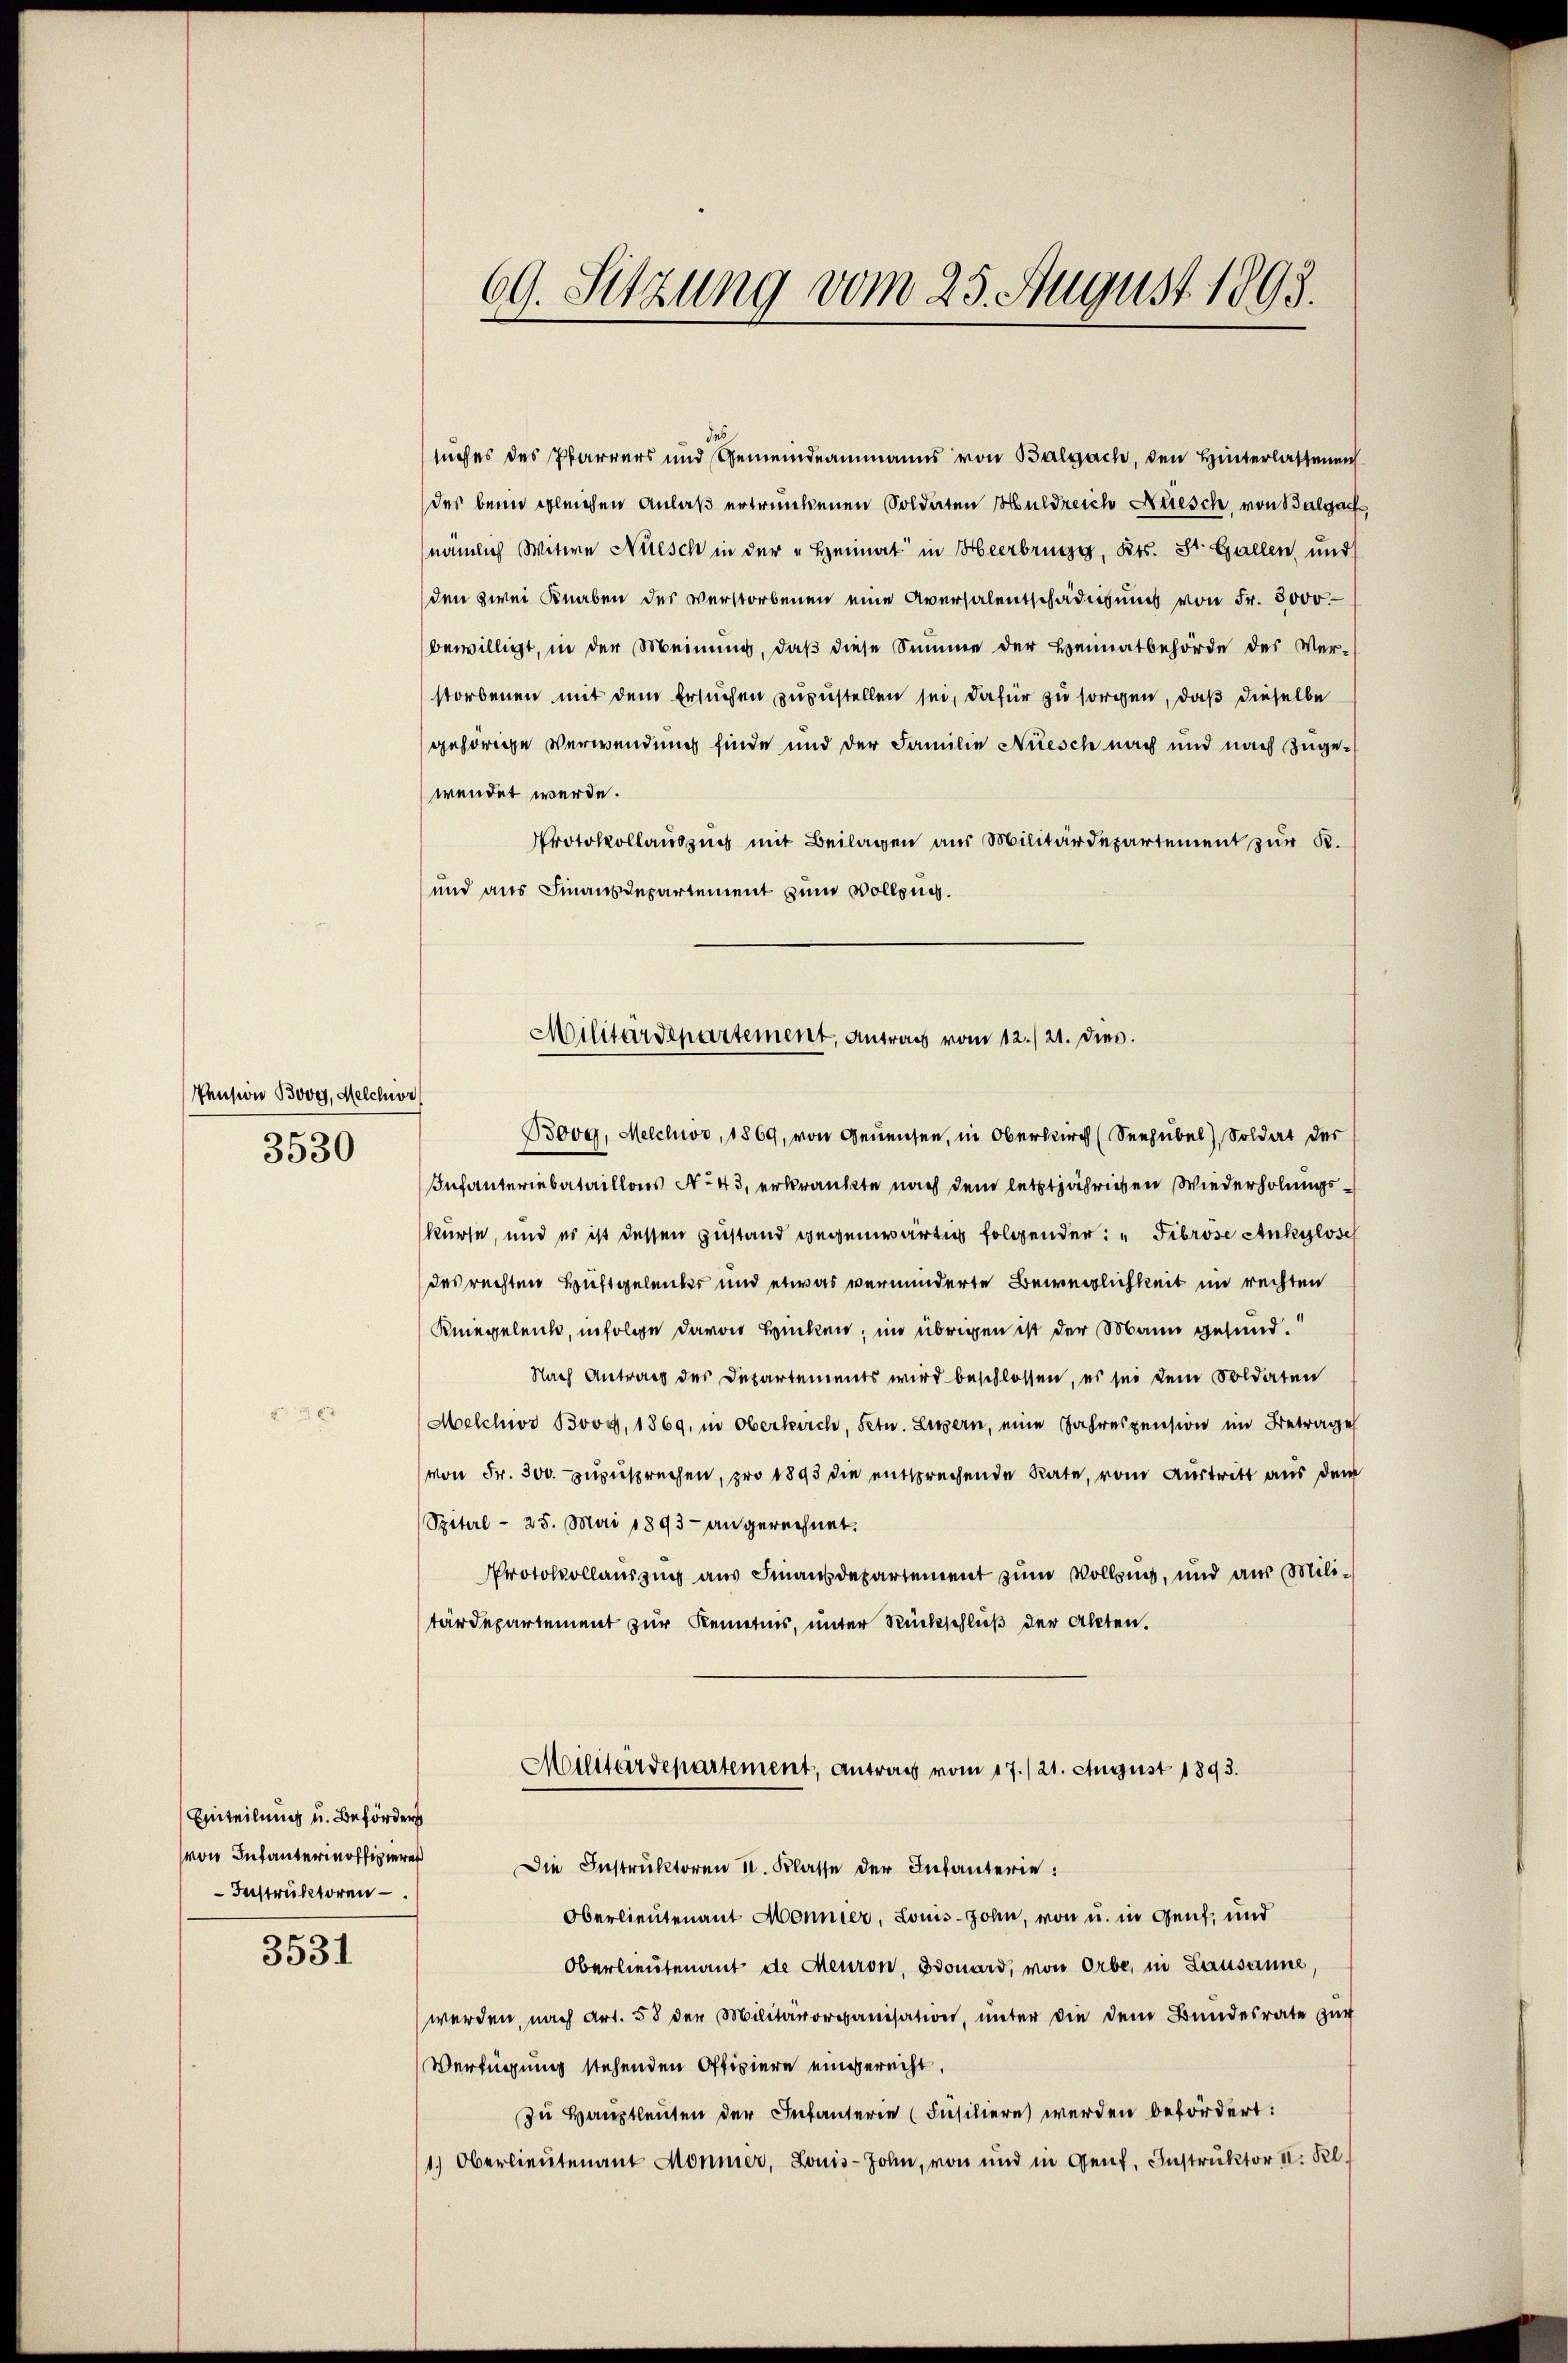
Pension Bove, Melchior
3530

Einteilung u. Beförders
von Infanterinoffiziere
-Instruktoren

3531

des
suches des Pfarrers und Gemeindeammanns von Balgach, den Hinterlassenen
der beim gleichen Anlaß ertrunkenen Soldaten Huldreich Nüesch, von Balgach
(nämlich Witwe Nüsch in der „Heimat in Heerbring, Kts. St. Gallen, und
den zwei Knaben der verstorbenen eine Aversalentschädigung von Fr. 5000.
bewilligt, in der Meinung, daß diese Summe der Heimatbehörde des Ver-
storbenen mit dem Ersuchen zuzustellen sei, dafür zu sorgen, daß dieselbe
gehörige Verwendung finde und der Familie Niesch nach und nach zugewendet werde.
Protokollauszug mit Beilagen aus Militärdepartement zur R.
und aus Finanzdepartement zum Vollzug.

69. Sitzung vom 25. August 1893.

Infanteriebataillons No 43, erkränkte nach dem letztjährigen Wiederholungskurse, und es ist dessen Zustand gegenwärtig folgender: "Fibröse Ankylose
des rechten Huftgeleiker und etwas verminderte Beweglichkeit im rechten
Kniegeleich, infolge davon Hinken; im übrigen ist der Mann gesund¬
Nach Antrag des Departements wird beschlossen, es sei dem Soldaten
Melchivs Bvoy, 1869, in Oberkirch, Setw. Luzern, eine Jahrespension im Betrage
von Fr. 300. zuzusprechen, pro 1893 die entsprechende Rate, vom Austritt aus dem
Spiterl- 25. Mai 1893 - angerechnet.
Protokollauszug aus Finanzdepartement zum Vollzug, und aus Militärdepartement zur Kenntnis, unter Rückschluß der Akten.

Militärdepartement, Antrags vom 12./21. dies
Boog, Melchio, 1869, von Geneisen, in Oberkirch (Seehübel, Soldat der

Militärdepartement, Antrag vom 17./21. August 1893.
Die Instruktoren 11. Klasse der Infanterie:

Oberlieutenant Monnier, Louis-John, von u. in Genf, und
Oberlieutenant de Meuron, Bonard, von Orbe, in Lausanne
werden, nach Art. 58 der Militärorganisation, unter die dem Bundesrate zur
Verfügung stehenden Offiziere eingerecht.
Zu Hauptleuten der Infanterie (Insiliere werden befördert:
1.) Oberlieutenant Monner, Louis-John, von und in Genf, Instruktor u. Kl